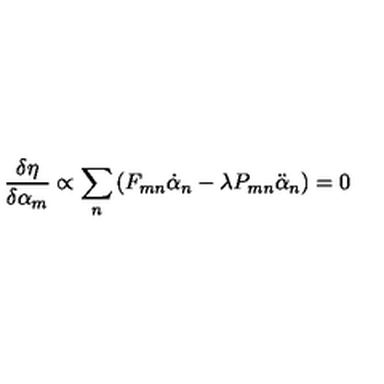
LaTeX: \frac { \delta \eta } { \delta \alpha _ { m } } \propto \sum _ { n } \left( F _ { m n } \dot { \alpha } _ { n } - \lambda P _ { m n } \ddot { \alpha } _ { n } \right) = 0